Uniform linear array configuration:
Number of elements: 4
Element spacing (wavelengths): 0.5
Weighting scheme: binomial
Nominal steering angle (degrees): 0
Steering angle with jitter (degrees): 0.639
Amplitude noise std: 0.05
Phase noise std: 0.05

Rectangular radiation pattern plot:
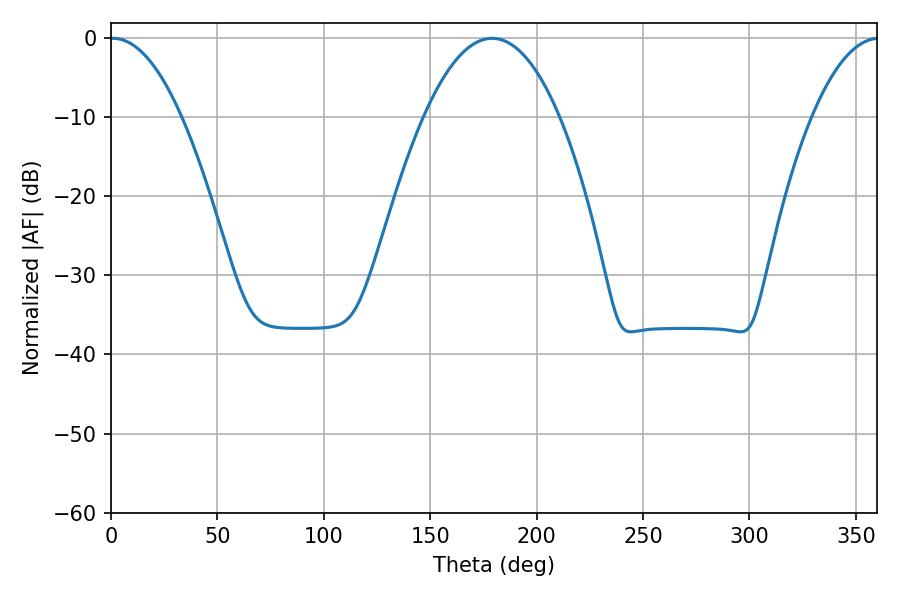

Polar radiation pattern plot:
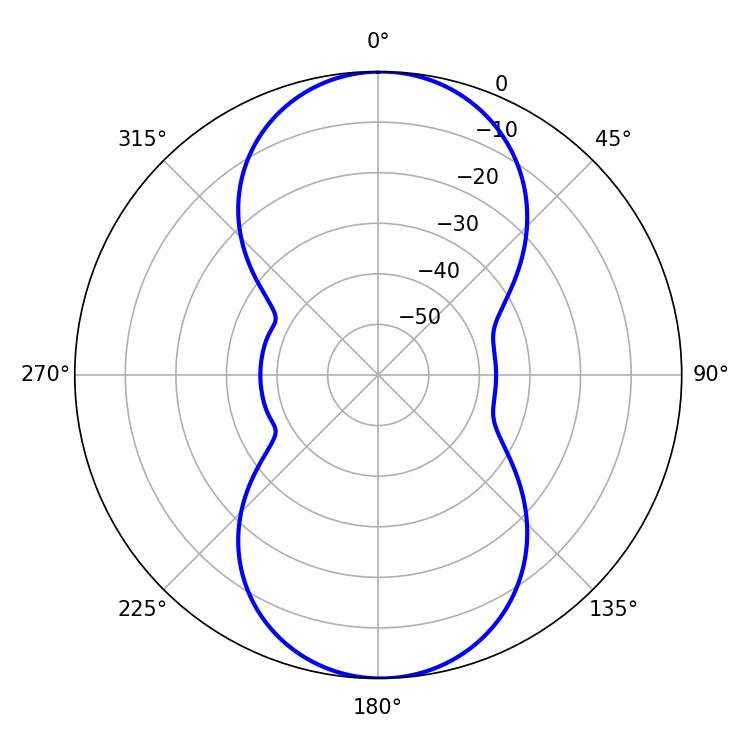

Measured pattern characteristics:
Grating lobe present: FALSE
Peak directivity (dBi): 19.044
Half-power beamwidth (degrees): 18.54
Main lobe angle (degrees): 0.9